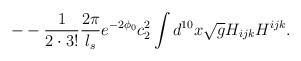
LaTeX: \begin{align*}- -\frac{1}{2\cdot3!}\frac{2\pi}{l_s}e^{-2\phi_0}c_2^2 \int d^{10}x\sqrt{g}H_{ijk}H^{ijk}.\end{align*}